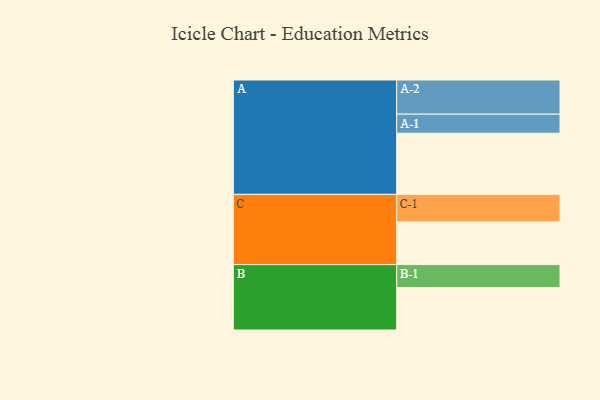
{"axis": {"x": "Segment", "y": "Value"}, "legend": ["", "A", "B", "C"], "data": [{"x": "A", "y": 532, "type": ""}, {"x": "B", "y": 370, "type": ""}, {"x": "C", "y": 371, "type": ""}, {"x": "A-1", "y": 166, "type": "A"}, {"x": "A-2", "y": 297, "type": "A"}, {"x": "B-1", "y": 199, "type": "B"}, {"x": "C-1", "y": 240, "type": "C"}]}